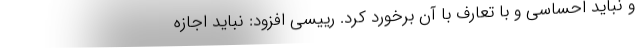
و نباید احساسی و با تعارف با آن برخورد کرد. رییسی افزود: نباید اجازه